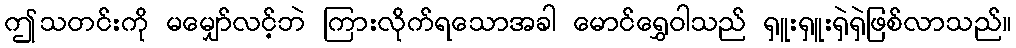
ဤသတင်းကို မမျှော်လင့်ဘဲ ကြားလိုက်ရသောအခါ မောင်ရွှေဝါသည် ရှူးရှူးရှဲရှဲဖြစ်လာသည်။